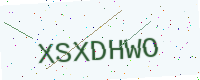
Text: XSXDHWO